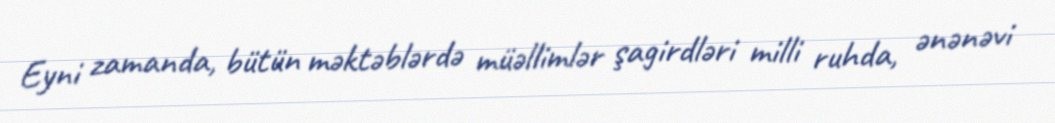
Eyni zamanda, bütün məktəblərdə müəllimlər şagirdləri milli ruhda, ənənəvi